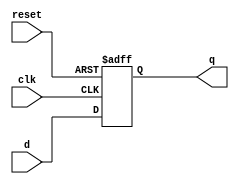
`timescale 1ns / 1ps
//////////////////////////////////////////////////////////////////////////////////
// Company: 
// Engineer: 
// 
// Design Name: 
// Module Name: dff
// Project Name: 
// Target Devices: 
// Tool Versions: 
// Description: 
// 
// Dependencies: 
// 
// Revision:
// Revision 0.01 - File Created
// Additional Comments:
// 
//////////////////////////////////////////////////////////////////////////////////


module dff(
    input clk,
    input d,
    input reset,
    output reg q
    );
    
    always@(posedge reset or posedge clk) begin
        if(reset==1)
          q <= 1'b0;
        else 
         q <= d;
    end
    
endmodule